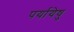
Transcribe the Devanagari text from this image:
पर्यायेषु